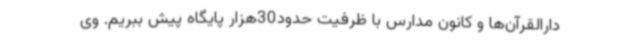
دارالقرآن‌ها و کانون مدارس با ظرفیت حدود30هزار پایگاه پیش ببریم. وی